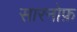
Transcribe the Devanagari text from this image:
सारनोफ़